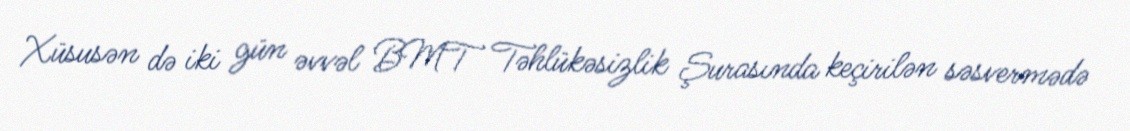
Xüsusən də iki gün əvvəl BMT Təhlükəsizlik Şurasında keçirilən səsvermədə